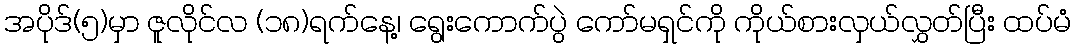
အပိုဒ်(၅)မှာ ဇူလိုင်လ (၁၈)ရက်နေ့၊ ရွေးကောက်ပွဲ ကော်မရှင်ကို ကိုယ်စားလှယ်လွှတ်ပြီး ထပ်မံ